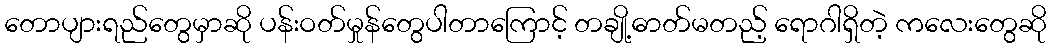
တောပျားရည်တွေမှာဆို ပန်းဝတ်မှုန်တွေပါတာကြောင့် တချို့ဓာတ်မတည့် ရောဂါရှိတဲ့ ကလေးတွေဆို